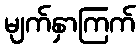
မျက်နှာကြက်